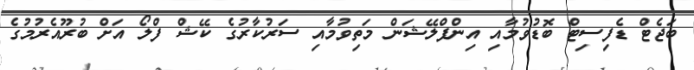
ބަޖެޓް ޑެފިސިޓް ބޮޑުވުމާއި އިންފްލޭޝަން މަތިވުމާއި ސަރުކާރުގެ ކޭޝް ފްލޯ އަށް ބުރޫއެރުމުގެ